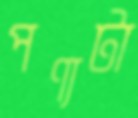
পণ্যটা